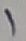
Text: 1